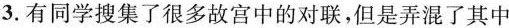
3.有同学搜集了很多故宫中的对联，但是弄混了其中